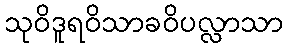
သုဝိဒူရဝိသာခဝိပလ္လာသာ